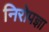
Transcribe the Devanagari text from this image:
निरोपज्ञा